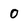
Character: 0